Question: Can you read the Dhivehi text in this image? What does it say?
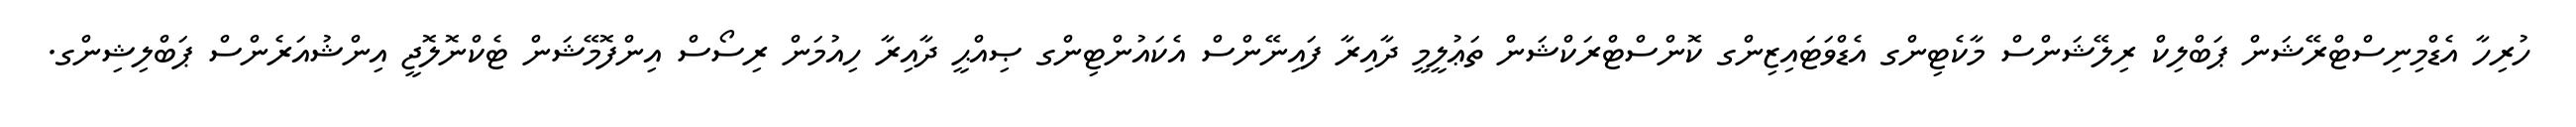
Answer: ހުރިހާ އެޑްމިނިސްޓްރޭޝަން ޕަބްލިކް ރިލޭޝަންސް މާކެޓިންގ އެޑްވަޓައިޒިންގ ކޮންސްޓްރަކްޝަން ތަޢުލީމީ ދާއިރާ ފައިނޭންސް އެކައުންޓިންގ ޞިއްޙީ ދާއިރާ ހިއުމަން ރިސޯސް އިންފޮމޭޝަން ޓެކްނޮލޮޖީ އިންޝުއަރެންސް ޕަބްލިޝިންގ.